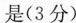
是（3分）